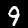
Label: 9